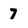
Character: 7